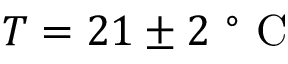
T = 2 1 \pm 2 \mathrm { ~ } ^ { \circ } \mathrm { ~ C ~ }